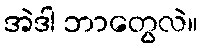
အဲဒါ ဘာတွေလဲ။